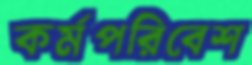
কর্মপরিবেশ